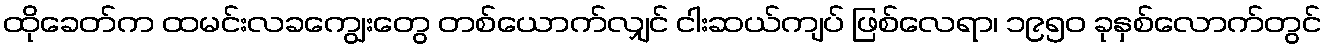
ထိုခေတ်က ထမင်းလခကျွေးတွေ တစ်ယောက်လျှင် ငါးဆယ်ကျပ် ဖြစ်လေရာ၊ ၁၉၅၀ ခုနှစ်လောက်တွင်